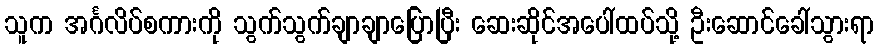
သူက အင်္ဂလိပ်စကားကို သွက်သွက်ချာချာပြောပြီး ဆေးဆိုင်အပေါ်ထပ်သို့ ဦးဆောင်ခေါ်သွားရာ